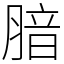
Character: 腤